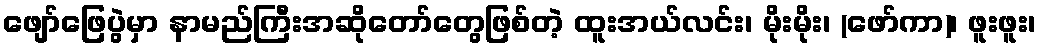
ဖျော်ဖြေပွဲမှာ နာမည်ကြီးအဆိုတော်တွေဖြစ်တဲ့ ထူးအယ်လင်း၊ မိုးမိုး၊ (ဖော်ကာ)၊ ဖူးဖူး၊